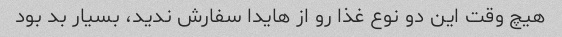
هیچ وقت این دو نوع غذا رو از هایدا سفارش ندید، بسیار بد بود